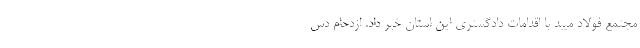
مجتمع فولاد میبد با اقدامات دادگستری این استان خبر داد. ازدحام دس